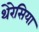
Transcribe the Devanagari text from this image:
थेरेसिया